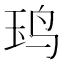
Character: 𬸃